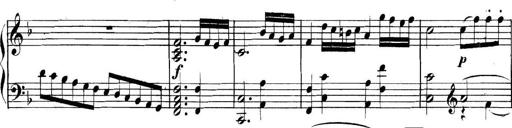
Title: Collected Piano Sonatas
Composer: Muzio Clementi